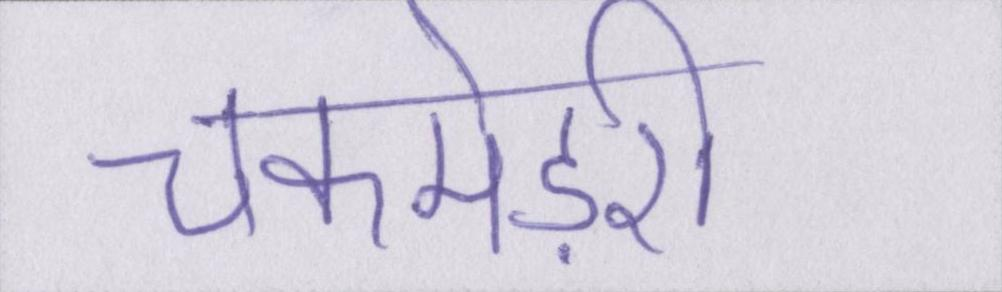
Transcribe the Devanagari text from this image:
चकमेड़री